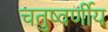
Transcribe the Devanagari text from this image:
चतुष्वर्णीय